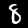
Digit: 8